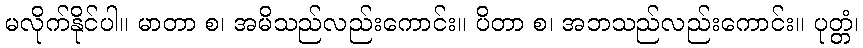
မလိုက်နိုင်ပါ။ မာတာ စ၊ အမိသည်လည်းကောင်း။ ပိတာ စ၊ အဘသည်လည်းကောင်း။ ပုတ္တံ၊